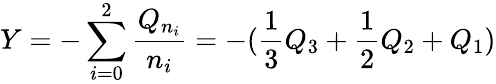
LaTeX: Y=-\sum_{i=0}^{2}\frac{Q_{n_{i}}}{n_{i}}=-(\frac{1}{3}Q_{3}+\frac{1}{2}Q_{2}+Q_{1})